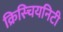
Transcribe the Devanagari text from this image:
क्रिस्चियनिटी